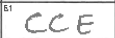
Transcription: CCE